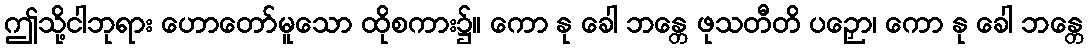
ဤသို့ငါဘုရား ဟောတော်မူသော ထိုစကား၌။ ကော နု ခေါ ဘန္တေ ဖုသတီတိ ပဉှော၊ ကော နု ခေါ ဘန္တေ